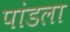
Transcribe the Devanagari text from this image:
पांडला